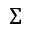
\Sigma